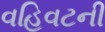
વહિવટની